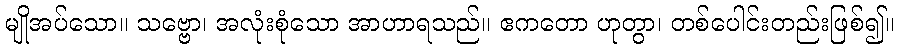
မျိုအပ်သော။ သဗ္ဗော၊ အလုံးစုံသော အာဟာရသည်။ ဧကတော ဟုတွာ၊ တစ်ပေါင်းတည်းဖြစ်၍။